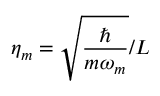
\eta _ { m } = \sqrt { \frac { \hbar } { m \omega _ { m } } } / L